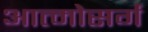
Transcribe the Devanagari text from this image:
आत्मोसर्ग